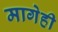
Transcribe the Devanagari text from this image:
मागेही